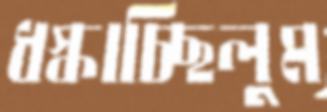
ধস্‌কাচ্ছিলুম